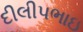
દીલીપભાઇ